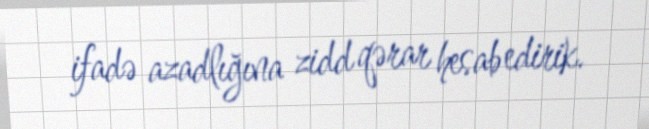
ifadə azadlığına zidd qərar hesab edirik.